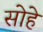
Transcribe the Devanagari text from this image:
सोहे